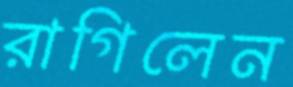
রাগিলেন